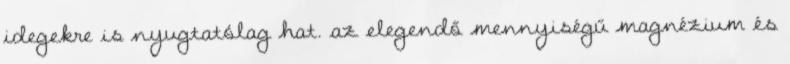
idegekre is nyugtatólag hat. az elegendő mennyiségű magnézium és